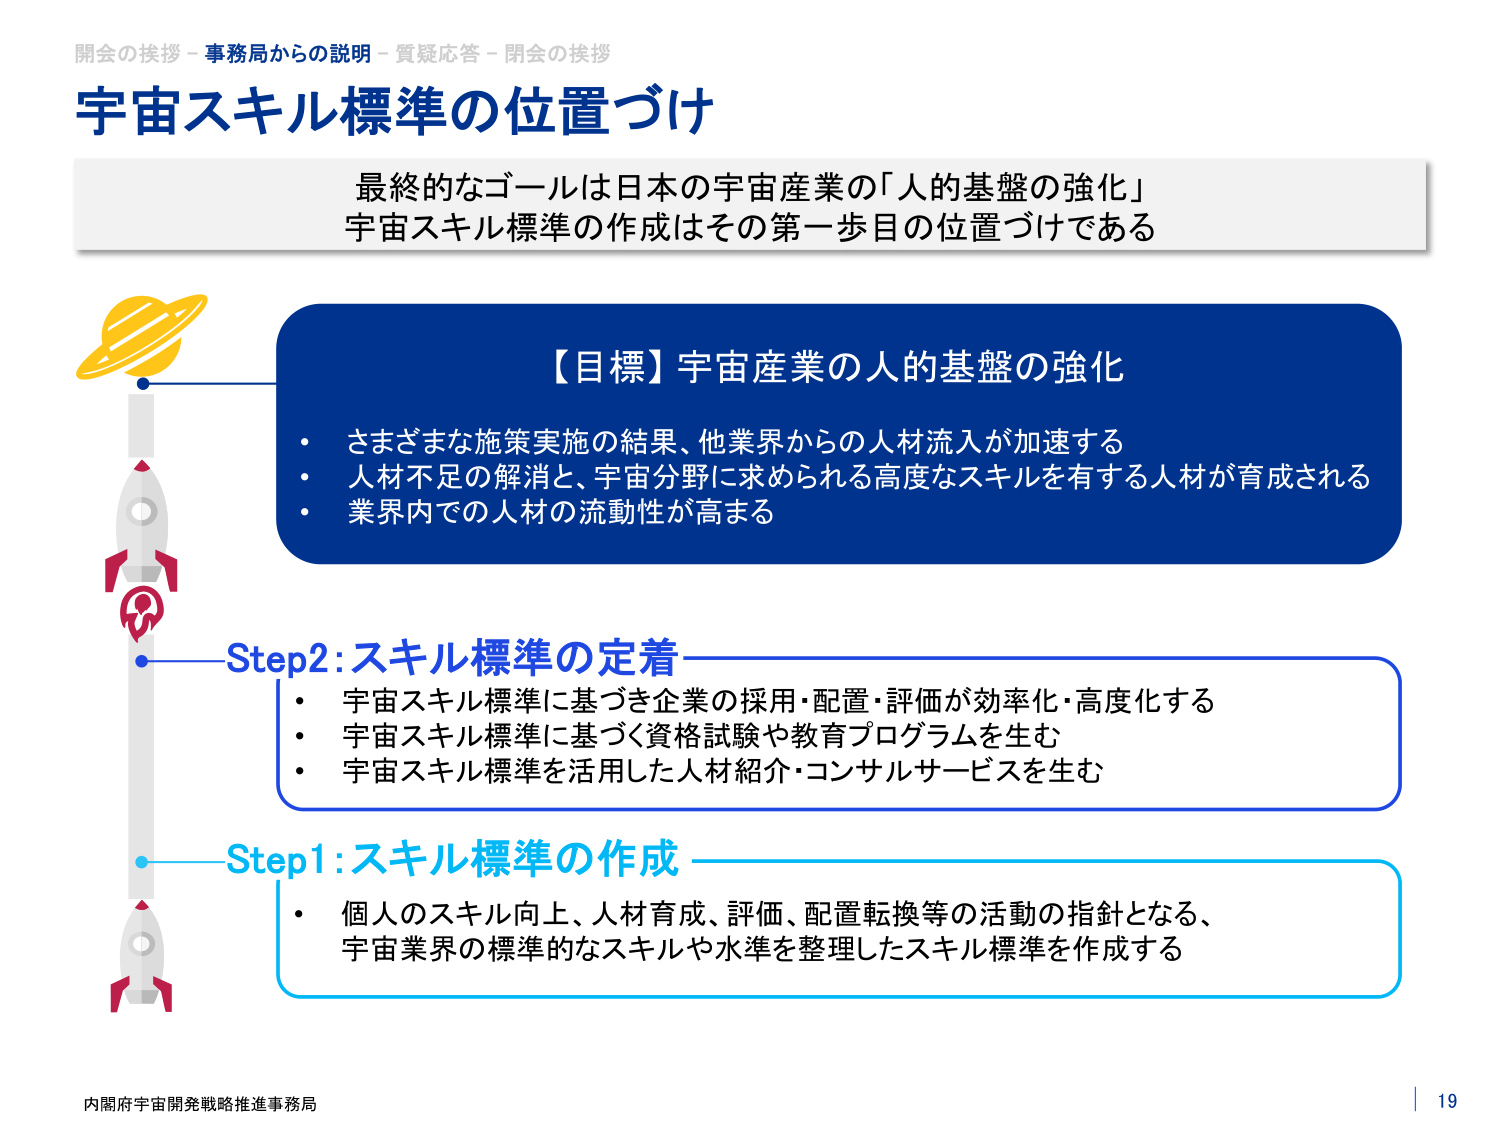
開会の挨拶 - 事務局からの説明 - 質疑応答 - 閉会の挨拶
宇宙スキル標準の位置づけ
最終的なゴールは日本の宇宙産業の「人的基盤の強化」
宇宙スキル標準の作成はその第一歩目の位置づけである

【目標】宇宙産業の人的基盤の強化
・さまざまな施策実施の結果、他業界からの人材流入が加速する
・人材不足の解消と、宇宙分野に求められる高度なスキルを有する人材が育成される
・業界内での人材の流動性が高まる

Step2:スキル標準の定着
・宇宙スキル標準に基づき企業の採用・配置・評価が効率化・高度化する
・宇宙スキル標準に基づく資格試験や教育プログラムを生む
・宇宙スキル標準を活用した人材紹介・コンサルサービスを生む

Step1:スキル標準の作成
・個人のスキル向上、人材育成、評価、配置転換等の活動の指針となる、
宇宙業界の標準的なスキルや水準を整理したスキル標準を作成する

内閣府宇宙開発戦略推進事務局
19